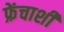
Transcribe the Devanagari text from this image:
फ्रेंचाशी